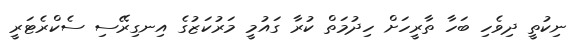
ނިކުތީ ދިވެހި ބަހާ ތާރީހަށް ހިދުމަތް ކުރާ ގައުމީ މަރުކަޒުގެ އިނގިރޭސި ސެކްރެޓަރީ